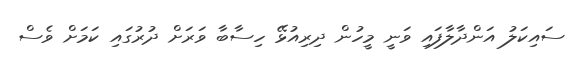
ސައިކަލު އަންދާލާފައި ވަނީ މީހުން ދިރިއުޅޭ ހިސާބާ ވަރަށް ދުރުގައި ކަމަށް ވެސް